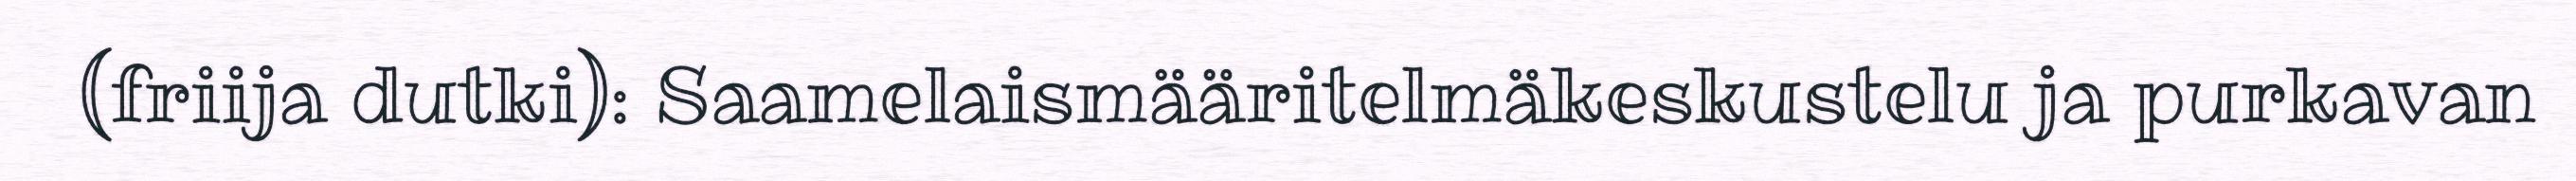
(friija dutki): Saamelaismääritelmäkeskustelu ja purkavan